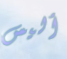
أليس